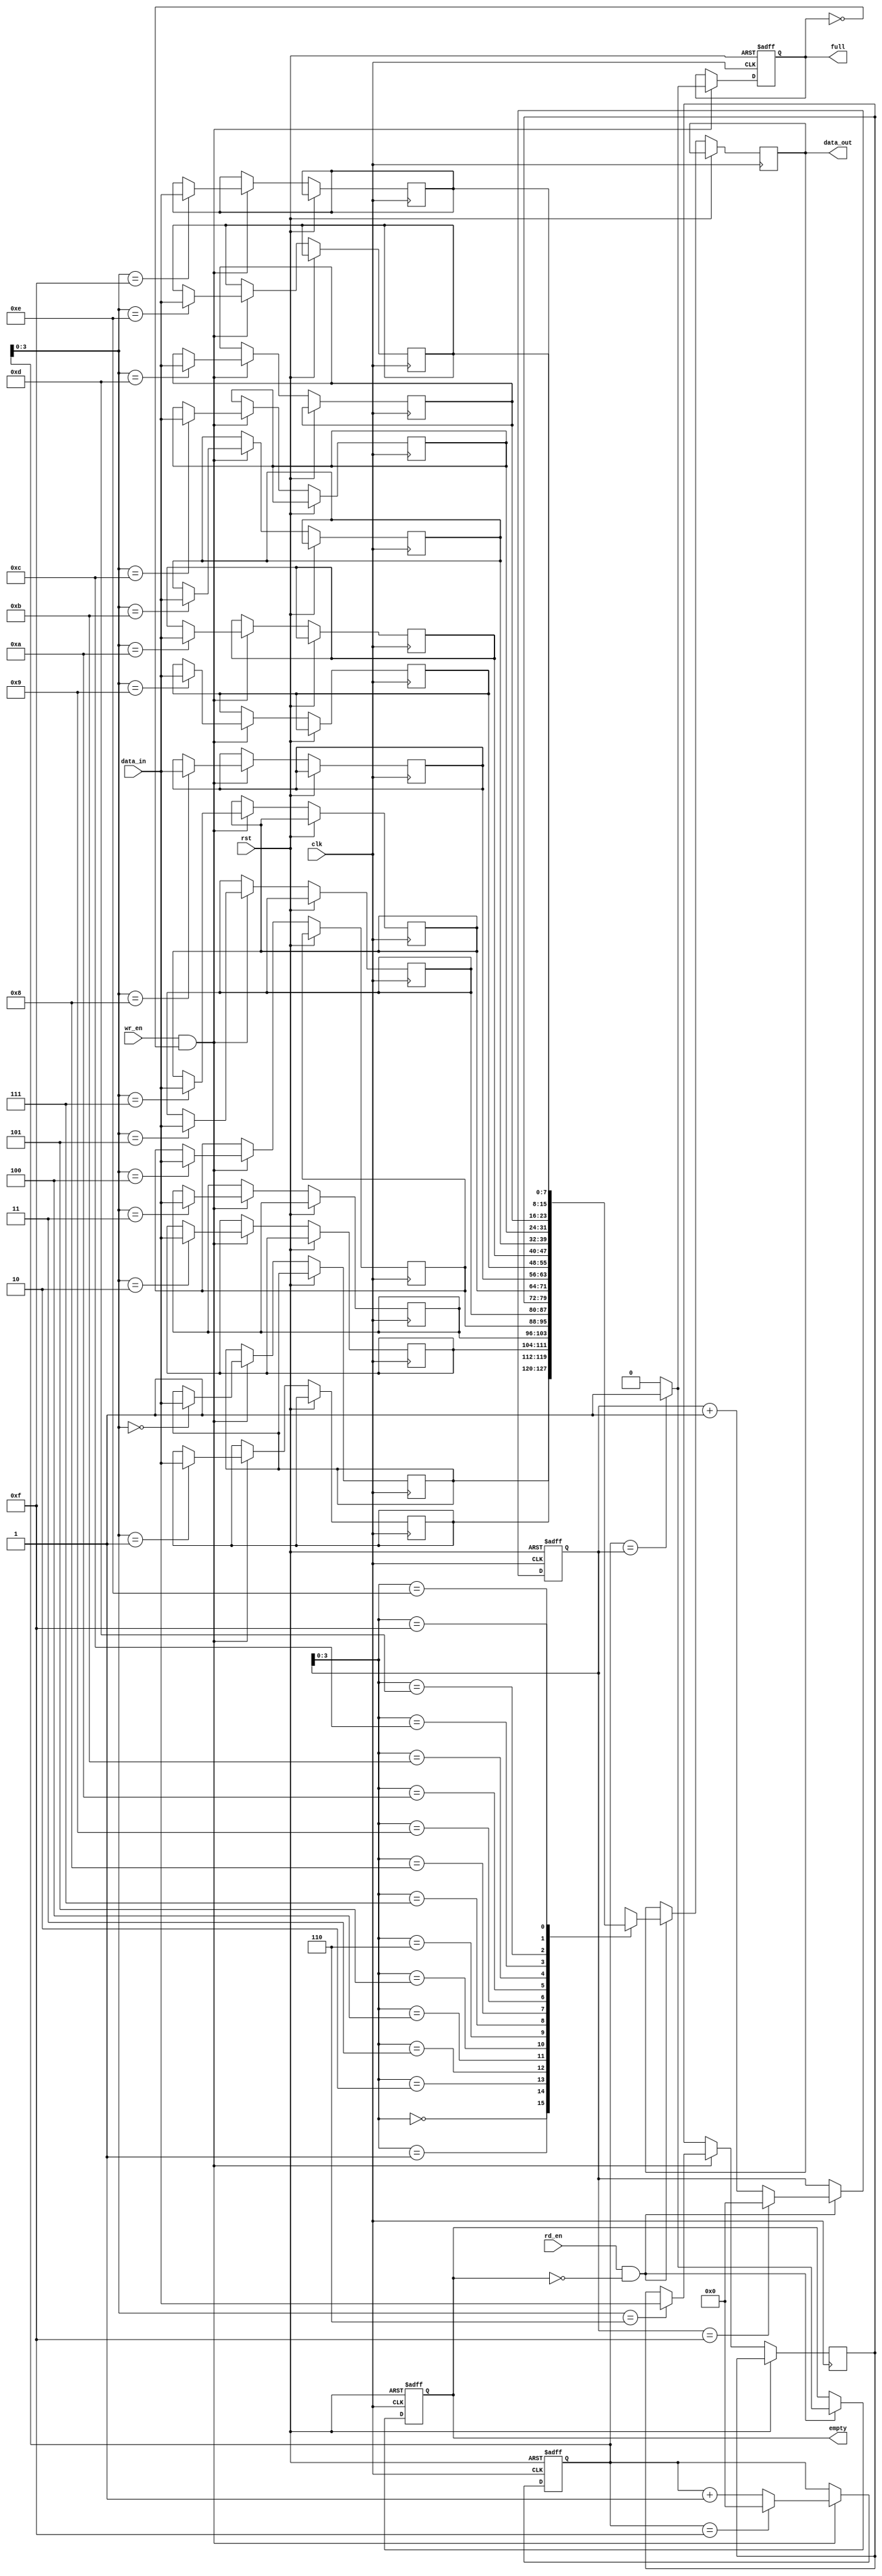
module synchronous_fifo #(parameter DATA_WIDTH = 8, parameter FIFO_DEPTH = 16)(
    input wire clk,
    input wire rst,
    input wire wr_en,
    input wire rd_en,
    input wire [DATA_WIDTH-1:0] data_in,
    output wire [DATA_WIDTH-1:0] data_out,
    output reg full,
    output reg empty
);

reg [DATA_WIDTH-1:0] fifo_mem [0:FIFO_DEPTH-1];
reg [DATA_WIDTH-1:0] wr_ptr, rd_ptr;

// Write logic
always @(posedge clk or posedge rst) begin
    if(rst) begin
        wr_ptr <= 0;
        full <= 0;
    end
    else if(wr_en && !full) begin
        fifo_mem[wr_ptr] <= data_in;
        wr_ptr <= (wr_ptr == FIFO_DEPTH-1) ? 0 : wr_ptr + 1;
        full <= (wr_ptr == rd_ptr) ? 1 : 0;
    end
end

// Read logic
always @(posedge clk or posedge rst) begin
    if(rst) begin
        rd_ptr <= 0;
        empty <= 1;
    end
    else if(rd_en && !empty) begin
        data_out <= fifo_mem[rd_ptr];
        rd_ptr <= (rd_ptr == FIFO_DEPTH-1) ? 0 : rd_ptr + 1;
        empty <= (wr_ptr == rd_ptr) ? 1 : 0;
    end
end

endmodule